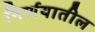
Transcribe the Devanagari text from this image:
निर्णयातील